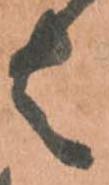
者